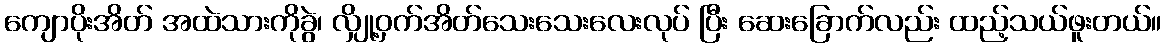
ကျောပိုးအိတ် အထဲသားကိုခွဲ၊ လျှို့ဝှက်အိတ်သေးသေးလေးလုပ် ပြီး ဆေးခြောက်လည်း ထည့်သယ်ဖူးတယ်။